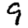
Digit: 9